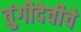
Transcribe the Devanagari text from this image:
तुंगीदेवीचे